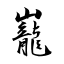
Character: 巃